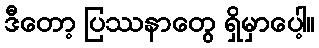
ဒီတော့ ပြဿနာတွေ ရှိမှာပေါ့။